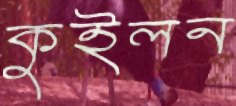
কুইলন